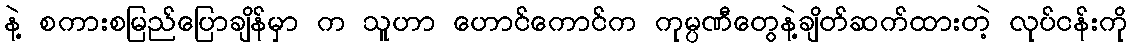
နဲ့ စကားစမြည်ပြောချိန်မှာ က သူဟာ ဟောင်ကောင်က ကုမ္ပဏီတွေနဲ့ချိတ်ဆက်ထားတဲ့ လုပ်ငန်းကို